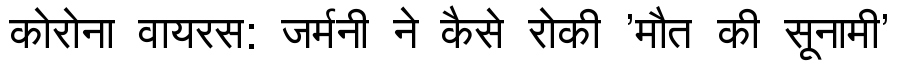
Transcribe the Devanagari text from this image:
कोरोना वायरस: जर्मनी ने कैसे रोकी 'मौत की सूनामी'